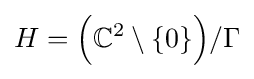
H={\Big (}\mathbb {C} ^{2}\setminus \{0\}{\Big )}/\Gamma